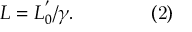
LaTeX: L = L _ { 0 } ^ { ' } / \gamma . \qquad \qquad { \mathrm { ( 2 ) } }